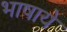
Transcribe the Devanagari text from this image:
भाषाये